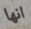
انها